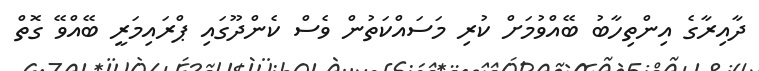
ދާއިރާގެ އިންތިހާބު ބޭއްވުމަށް ކުރި މަސައްކަތުން ވެސް ކެންދޫގައި ޕްރައިމަރީ ބޭއްވޭ ގޮތް